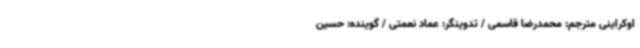
اوکراینی مترجم: محمدرضا قاسمی / تدوینگر: عماد نعمتی / گوینده: حسین